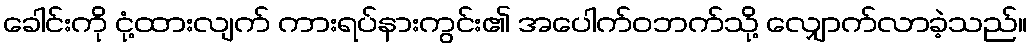
ခေါင်းကို ငုံ့ထားလျက် ကားရပ်နားကွင်း၏ အပေါက်ဝဘက်သို့ လျှောက်လာခဲ့သည်။